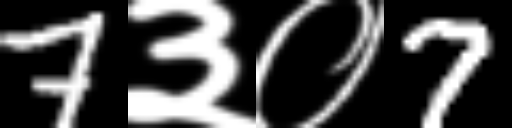
Text: 7३०7